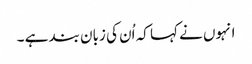
انہوں نے کہا کہ اُن کی زبان بند ہے ۔